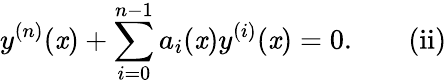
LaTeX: y^{(n)}(\mathit{x})+\sum_{i=0}^{n-1}a_{i}(\mathit{x})y^{(i)}(\mathit{x})=0.\quad\quad\mathrm{{{(ii)}}}